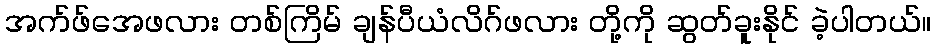
အက်ဖ်အေဖလား တစ်ကြိမ် ချန်ပီယံလိဂ်ဖလား တို့ကို ဆွတ်ခူးနိုင် ခဲ့ပါတယ်။